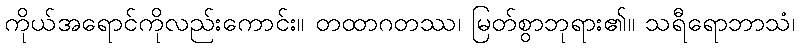
ကိုယ်အရောင်ကိုလည်းကောင်း။ တထာဂတဿ၊ မြတ်စွာဘုရား၏။ သရီရောဘာသံ၊